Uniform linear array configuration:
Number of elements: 12
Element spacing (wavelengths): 0.25
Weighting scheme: uniform
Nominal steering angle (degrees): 45
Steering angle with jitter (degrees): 45.678
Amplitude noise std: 0.05
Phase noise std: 0.05

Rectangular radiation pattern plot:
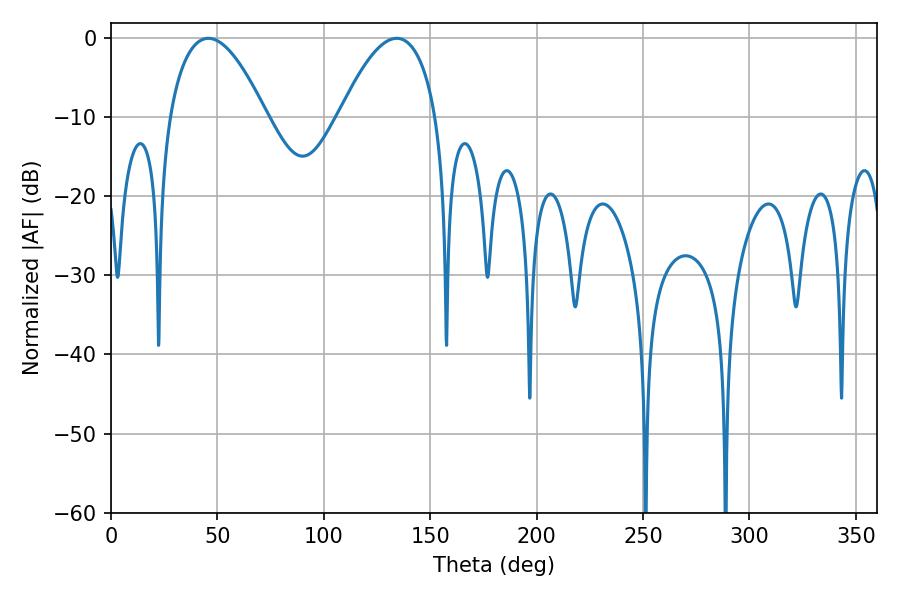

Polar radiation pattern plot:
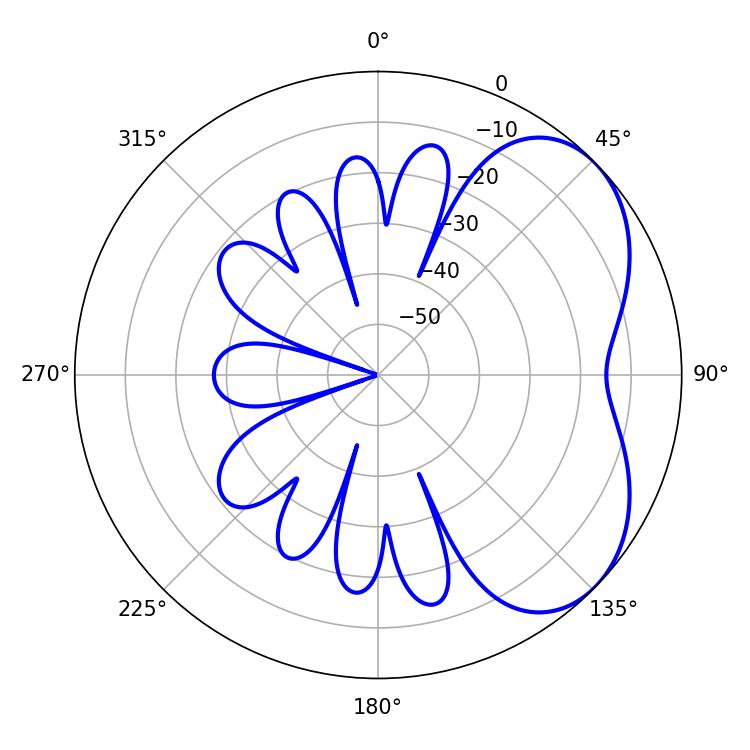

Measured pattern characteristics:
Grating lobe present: FALSE
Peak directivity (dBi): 4.545
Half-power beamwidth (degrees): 25.02
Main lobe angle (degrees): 45.72